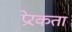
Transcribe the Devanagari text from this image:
प्रेरकता